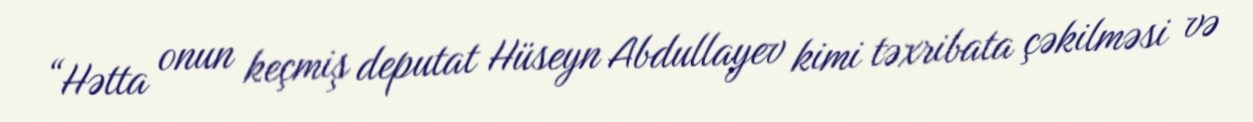
“Hətta onun keçmiş deputat Hüseyn Abdullayev kimi təxribata çəkilməsi və